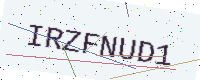
Text: IRZFNUD1